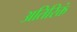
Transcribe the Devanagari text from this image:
अतिरिक्तं